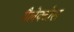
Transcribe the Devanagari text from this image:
गैलेक्टोस